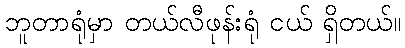
ဘူတာရုံမှာ တယ်လီဖုန်းရုံ ငယ် ရှိတယ်။